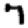
Digit: 7